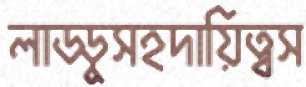
লাড্ডুসহদায়িত্বস